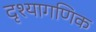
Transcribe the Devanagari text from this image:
दृश्यागणिक